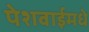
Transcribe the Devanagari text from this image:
पेशवाईमधे